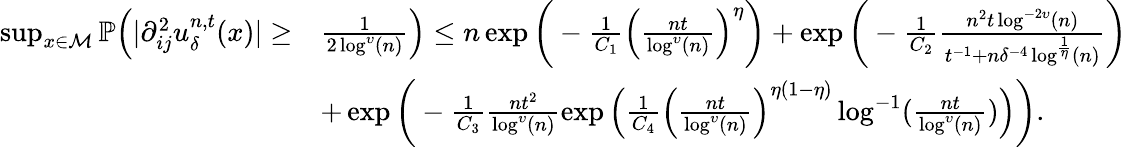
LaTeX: \begin{array}{rl}{\operatorname*{sup}_{x\in\mathcal{M}}\mathbb{P}\Big(\vert\partial_{ij}^{2}u_{\delta}^{n,t}(x)\vert\geq}&{\frac{1}{2\log^{\upsilon}(n)}\Big)\leq n\exp\bigg(-\frac{1}{C_{1}}\Big(\frac{nt}{\log^{\upsilon}(n)}\Big)^{\eta}\bigg)+\exp\bigg(-\frac{1}{C_{2}}\frac{n^{2}t\log^{-2\upsilon}(n)}{t^{-1}+n\delta^{-4}\log^{\frac{1}{\eta}}(n)}\bigg)}\\ &{+\exp\bigg(-\frac{1}{C_{3}}\frac{nt^{2}}{\log^{\upsilon}(n)}\exp\Big(\frac{1}{C_{4}}\Big(\frac{nt}{\log^{\upsilon}(n)}\Big)^{\eta(1-\eta)}\log^{-1}(\frac{nt}{\log^{\upsilon}(n)})\Big)\bigg).}\end{array}